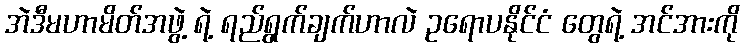
အဲဒီမဟာမိတ်အဖွဲ့ ရဲ့ ရည်ရွက်ချက်ဟာလဲ ဥရောပနိုင်ငံ တွေရဲ့ အင်အားကို